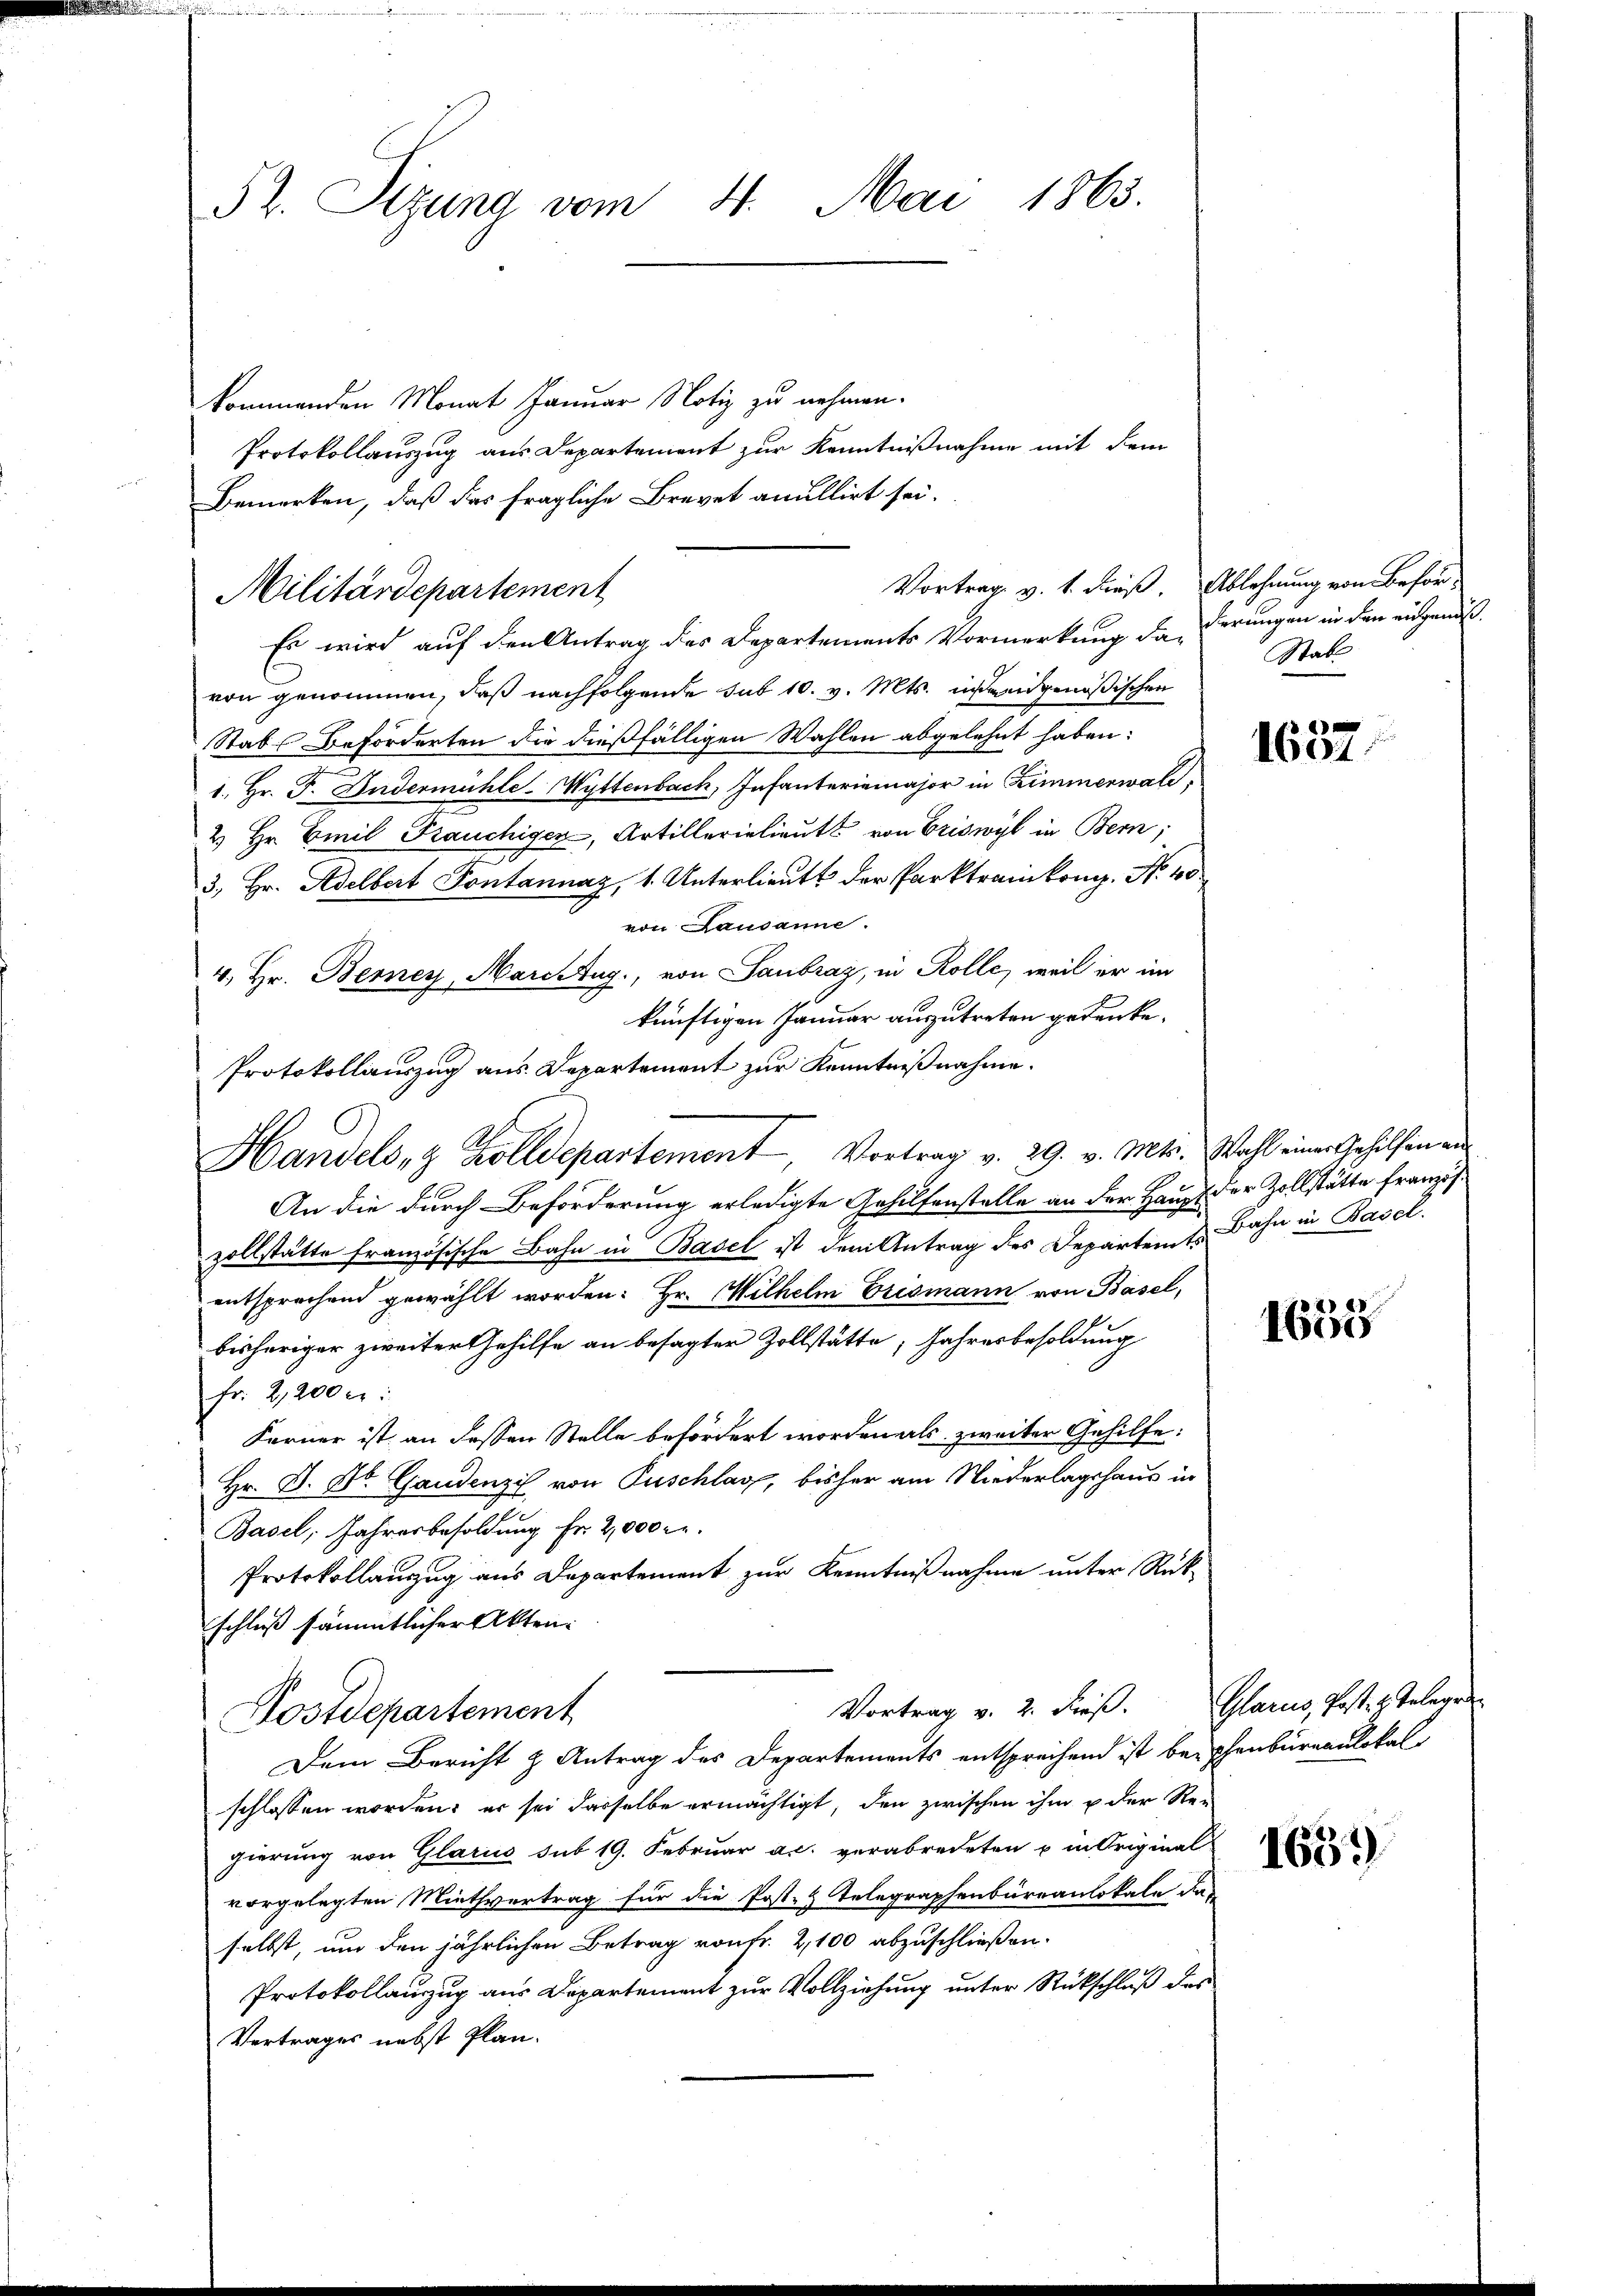
52. Sitzung vom 4. Mai 1863.

kommenden Monat Januar Notiz zu nehmen.
Protokollauszug aus Departement zur Kenntnißnahme mit dem
Bemerken, daß das fragliche Brevet anullirt sei.

Vortrag v. 1. dieß. Ablehnung von Beför¬
Militärdepartement

Es wird auf den Antrag des Departements Vormerkung da derungen in den eingenoßvon genommen, daß nachfolgende sub 10. v. Mts. in eidgenößischen
Stabs Beförderten die dießfälligen Wahlen abgelehnt haben:
1. Hr. F. Andermühle-Wyttenbach, Infanteriamajor in Zimmerwald,
2 Hr. Emil Rauchigen, Artillerielieutt von Criswyl in Bern;
3. Hr. Adelbert Pontannaz, 1. Unterlieutt der Parktraikon. N. 40
von Lausanne.
4. Hr. Berner, Marcetug., von Saubraz, in Rolle, weil er im
künftigen Januar auszutreten gedenke.
Protokollauszug aus Departement zur Kenntnißnahme.
Handels- & Zolldepartement, Vortrag v. 29. v. Mts. Wahl einer Gehilfen an
An die durch Beförderung erledigte Gehilfenstelle an der Haupt der Zollstätte franzis
zollstätte französische Bahn in Basel ist dem Antrag des Departent Bahn in Basel.
entsprechend gewählt worden: Hr. Wilhelm Brismann von Basel,
bisheriger zweiter Gehilfe an besagter Zollstätte, Jahresbesoldung
fr. 2,200 f:
Ferner ist an dessen Stelle befördert worden als zweiter Gehilfe:
Hr. D. Dr. Gaudenzi von Zuschlag, bisher am Niederlagshaus in
Basel, Jahresbesoldung Fr. 2,000 r.
Protokollanzug aus Departement zur Kenntnißnahme unter Rückschluß sämmtlicher Akten.
Vortrag v. 2. dieß. Glarus, Post.  Telegen
Postdepartement
Dem Bericht & Antrag des Departements entsprechend ist beischenbureaulokalschlossen worden; er sei derselbe ermächtigt, den zwischen ihm u der Rei
gierung von Glarus sub 19. Februar ac. verabredeten u in Original
vorgelegten Miethvertrag für die Post- & Telegraphenbureaulokale da
selbst, um den jährlichen Betrag von Fr. 2, 100 abzuschließen.
Protokollauszug aus Departement zur Vollziehung unter Rückschluß des
Vertrages nebst Plan.

Stab

f
1604

1635

1633